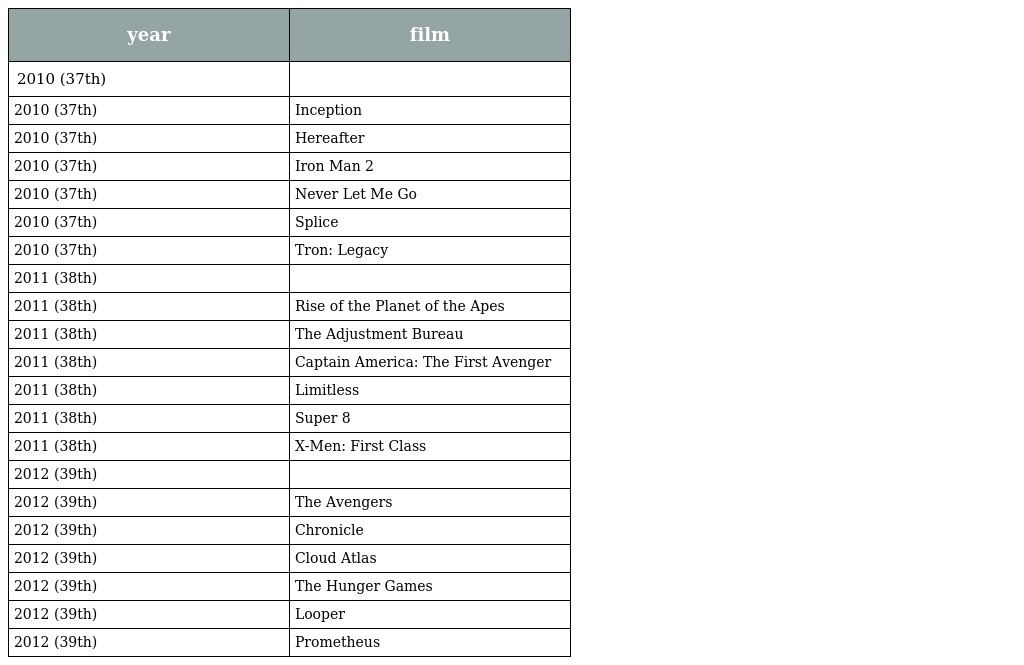
| year | film |
 | --- | --- |
 | 2010 (37th) |  |
 | 2010 (37th) | Inception |
 | 2010 (37th) | Hereafter |
 | 2010 (37th) | Iron Man 2 |
 | 2010 (37th) | Never Let Me Go |
 | 2010 (37th) | Splice |
 | 2010 (37th) | Tron: Legacy |
 | 2011 (38th) |  |
 | 2011 (38th) | Rise of the Planet of the Apes |
 | 2011 (38th) | The Adjustment Bureau |
 | 2011 (38th) | Captain America: The First Avenger |
 | 2011 (38th) | Limitless |
 | 2011 (38th) | Super 8 |
 | 2011 (38th) | X-Men: First Class |
 | 2012 (39th) |  |
 | 2012 (39th) | The Avengers |
 | 2012 (39th) | Chronicle |
 | 2012 (39th) | Cloud Atlas |
 | 2012 (39th) | The Hunger Games |
 | 2012 (39th) | Looper |
 | 2012 (39th) | Prometheus |